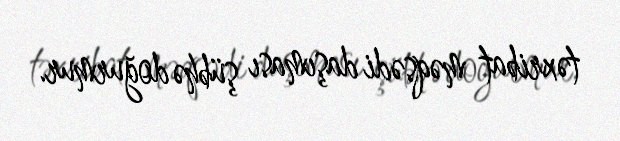
təxribat məqsədi daşıması şübhə doğurmur.